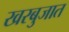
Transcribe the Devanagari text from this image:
खरबुजात